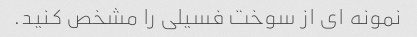
نمونه ای از سوخت فسیلی را مشخص کنید.